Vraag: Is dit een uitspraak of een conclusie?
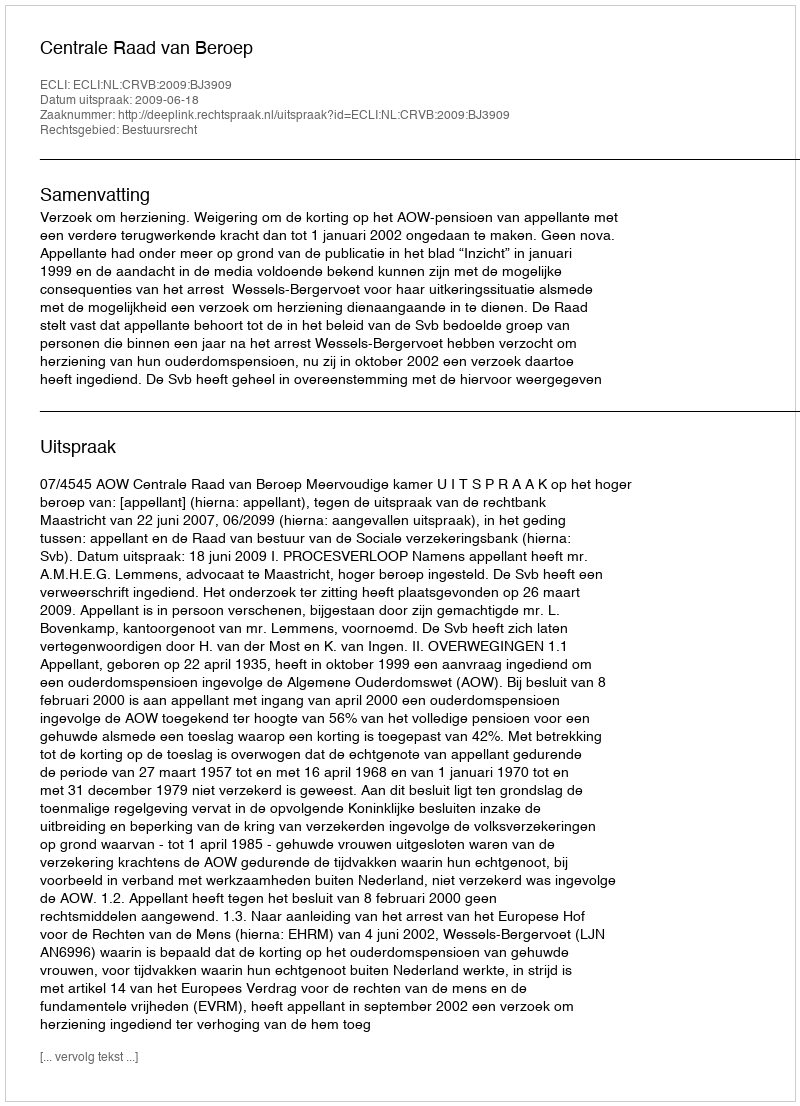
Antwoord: Uitspraak